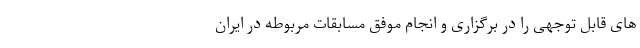
های قابل توجهی را در برگزاری و انجام موفق مسابقات مربوطه در ایران